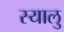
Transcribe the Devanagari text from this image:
स्यालु